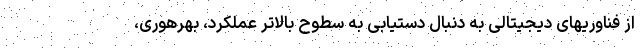
از فناوریهای دیجیتالی به دنبال دستیابی به سطوح بالاتر عملکرد، بهرهوری،